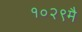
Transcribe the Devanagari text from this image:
१०२९मै